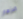
الازهار